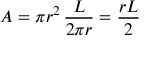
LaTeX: A = \pi r ^ { 2 } \, { \frac { L } { 2 \pi r } } = { \frac { r L } { 2 } }